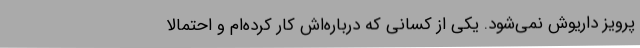
پرویز داریوش نمی‌شود. یکی از کسانی که درباره‌اش کار کرده‌ام و احتمالا